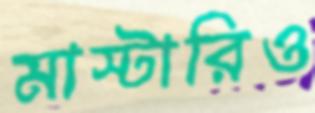
মাস্টারিও